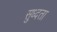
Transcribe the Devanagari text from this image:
सुध्दता